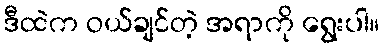
ဒီထဲက ဝယ်ချင်တဲ့ အရာကို ရွေးပါ။